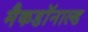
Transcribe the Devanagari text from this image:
मैकडॉनाल्ड